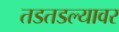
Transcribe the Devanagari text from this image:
तडतडल्यावर